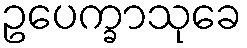
ဥပေက္ခာသုခေ